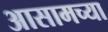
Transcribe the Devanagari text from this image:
अासामच्या